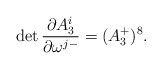
\begin{align*}\det {\partial A_3^i \over \partial \omega^{j -}} =(A_3^+ )^8.\end{align*}